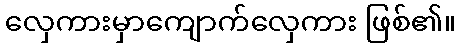
လှေကားမှာကျောက်လှေကား ဖြစ်၏။